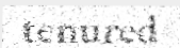
tenured